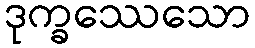
ဒုက္ခဿေသော